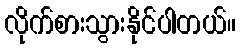
လိုက်စားသွားနိုင်ပါတယ်။